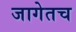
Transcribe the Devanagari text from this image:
जागेतच